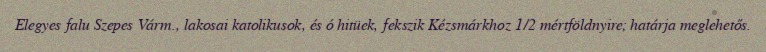
Elegyes falu Szepes Várm., lakosai katolikusok, és ó hitüek, fekszik Kézsmárkhoz 1/2 mértföldnyire; határja meglehetős.